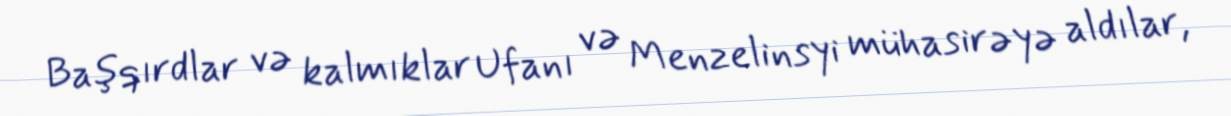
Başqırdlar və kalmıklar Ufanı və Menzelinsyi mühasirəyə aldılar,